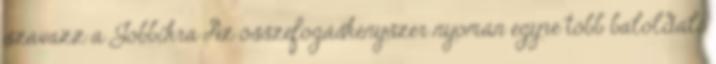
szavazz a Jobbikra Az összefogáskényszer nyomán egyre több baloldali